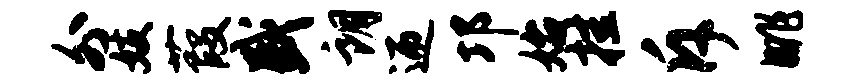
外妓葭盛朗迎邛始挂斥眺